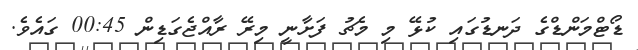
ޑޯޓްމަންޑްގެ ދަނޑުގައި ކުޅޭ މި މެޗު ފަށާނީ މިރޭ ރާއްޖެގަޑިން 00:45 ގައެވެ.